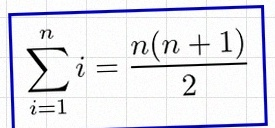
\sum_{i=1}^{n}i=\frac{n(n+1)}2